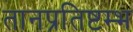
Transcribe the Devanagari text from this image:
तानप्रतिष्टम्भ